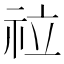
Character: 𥘸